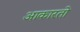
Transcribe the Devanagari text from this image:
आकारतो